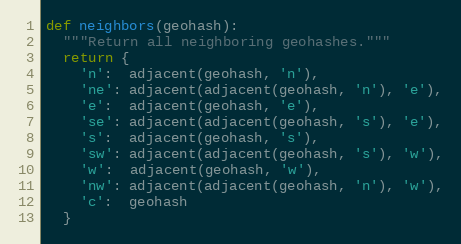
Language: Python
def neighbors(geohash):
  """Return all neighboring geohashes."""
  return {
    'n':  adjacent(geohash, 'n'),
    'ne': adjacent(adjacent(geohash, 'n'), 'e'),
    'e':  adjacent(geohash, 'e'),
    'se': adjacent(adjacent(geohash, 's'), 'e'),
    's':  adjacent(geohash, 's'),
    'sw': adjacent(adjacent(geohash, 's'), 'w'),
    'w':  adjacent(geohash, 'w'),
    'nw': adjacent(adjacent(geohash, 'n'), 'w'),
    'c':  geohash
  }